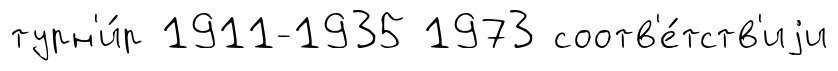
турн'и́р 1911-1935 1973 соотв'е́тств'иjи